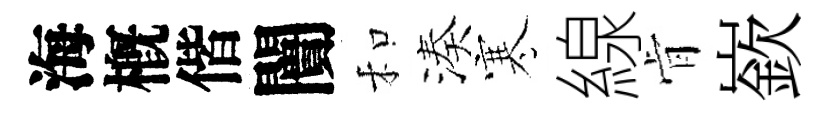
海槪偕闠和湊寒線肻嶔